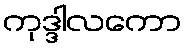
ကုဒ္ဒါလကော